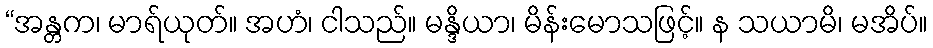
“အန္တက၊ မာရ်ယုတ်။ အဟံ၊ ငါသည်။ မန္ဒိယာ၊ မိန်းမောသဖြင့်။ န သယာမိ၊ မအိပ်။